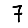
Digit: 7